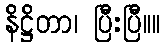
နိဋ္ဌိတာ၊ ပြီးပြီ။။